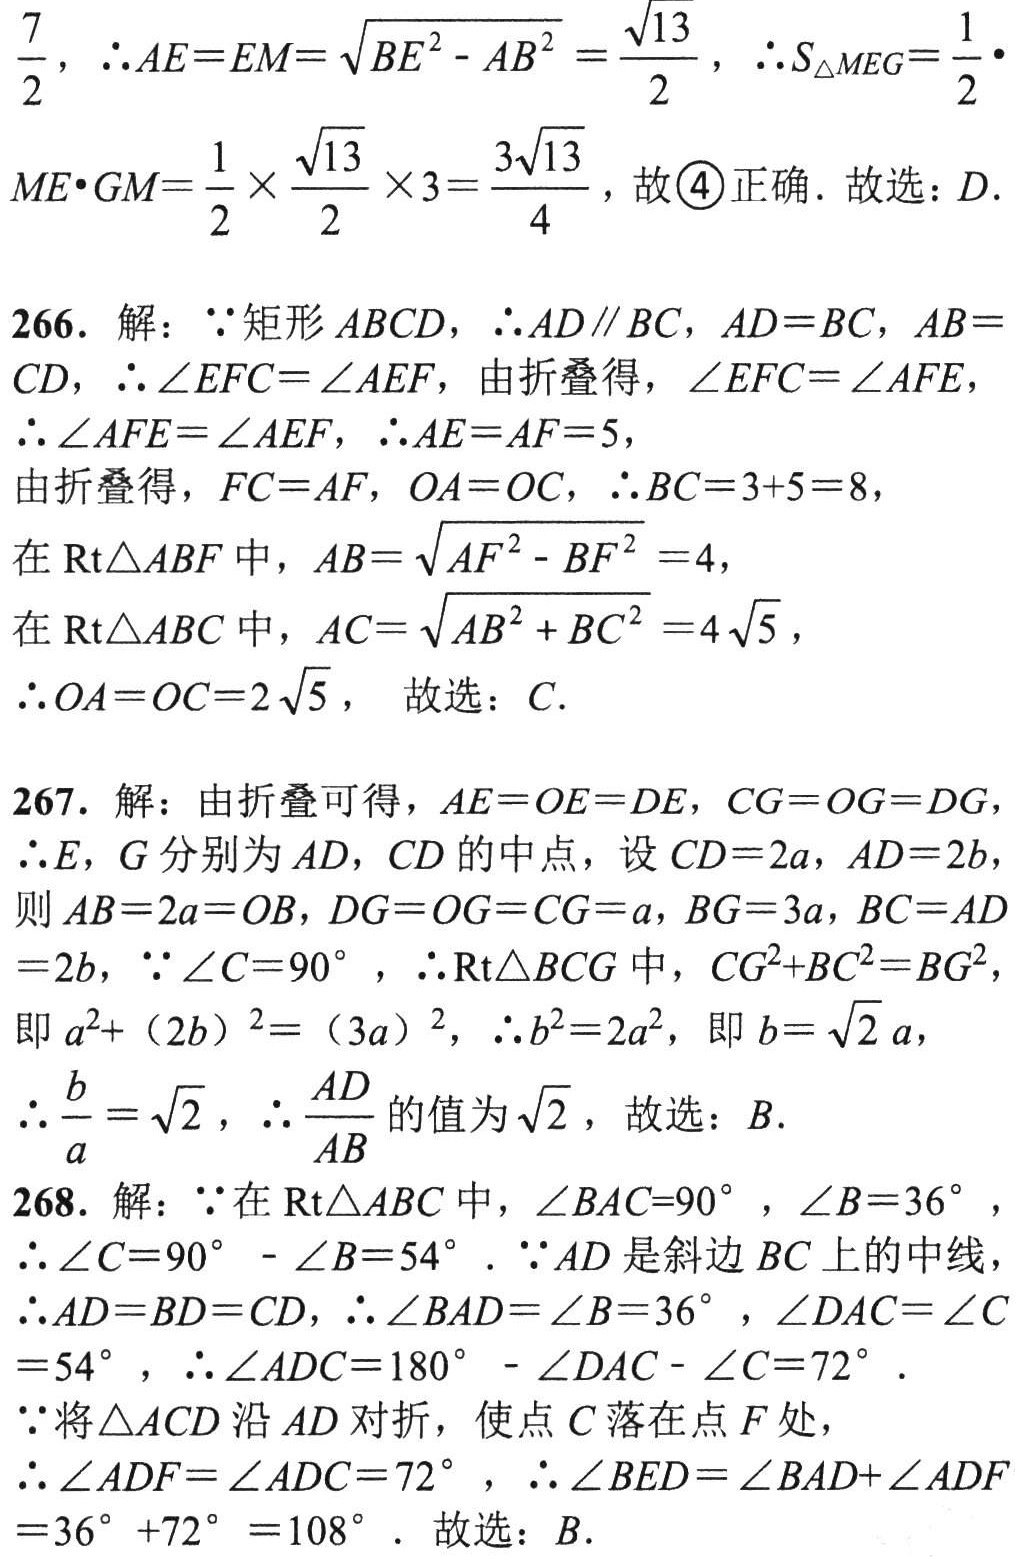
$\frac{7}{2}$，$\therefore AE = EM=\sqrt{BE^{2}-AB^{2}}=\frac{\sqrt{13}}{2}$，$\therefore S_{\triangle MEG}=\frac{1}{2}\cdot$
$ME\cdot GM=\frac{1}{2}\times\frac{\sqrt{13}}{2}\times3 = \frac{3\sqrt{13}}{4}$，故\textcircled{4}正确. 故选：$D$.
266. 解：$\because$矩形$ABCD$，$\therefore AD\parallel BC$，$AD = BC$，$AB = $
$CD$，$\therefore\angle EFC=\angle AEF$，由折叠得，$\angle EFC=\angle AFE$，
$\therefore\angle AFE=\angle AEF$，$\therefore AE = AF = 5$，
由折叠得，$FC = AF$，$OA = OC$，$\therefore BC = 3 + 5 = 8$，
在$\text{Rt}\triangle ABF$中，$AB=\sqrt{AF^{2}-BF^{2}} = 4$，
在$\text{Rt}\triangle ABC$中，$AC=\sqrt{AB^{2}+BC^{2}} = 4\sqrt{5}$，
$\therefore OA = OC = 2\sqrt{5}$， 故选：$C$.
267. 解：由折叠可得，$AE = OE = DE$，$CG = OG = DG$，
$\therefore E$，$G$分别为$AD$，$CD$的中点，设$CD = 2a$，$AD = 2b$
则$AB = 2a = OB$，$DG = OG = CG = a$，$BG = 3a$，$BC = AD$
$= 2b$，$\because\angle C = 90^{\circ}$，$\therefore\text{Rt}\triangle BCG$中，$CG^{2}+BC^{2}=BG^{2}$
即$a^{2}+(2b)^{2}=(3a)^{2}$，$\therefore b^{2}=2a^{2}$，即$b = \sqrt{2}a$，
$\therefore\frac{b}{a}=\sqrt{2}$，$\therefore\frac{AD}{AB}$的值为$\sqrt{2}$，故选：$B$.
268. 解：$\because$在$\text{Rt}\triangle ABC$中，$\angle BAC = 90^{\circ}$，$\angle B = 36^{\circ}$，
$\therefore\angle C = 90^{\circ}-\angle B = 54^{\circ}$. $\because AD$是斜边$BC$上的中线，
$\therefore AD = BD = CD$，$\therefore\angle BAD=\angle B = 36^{\circ}$，$\angle DAC=\angle C$
$= 54^{\circ}$，$\therefore\angle ADC = 180^{\circ}-\angle DAC-\angle C = 72^{\circ}$.
$\because$将$\triangle ACD$沿$AD$对折，使点$C$落在点$F$处，
$\therefore\angle ADF=\angle ADC = 72^{\circ}$，$\therefore\angle BED=\angle BAD+\angle ADF$
$= 36^{\circ}+72^{\circ}=108^{\circ}$. 故选：$B$.